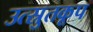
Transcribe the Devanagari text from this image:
उत्स्रुतकूप